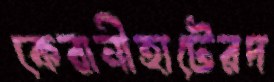
কেরানীহাটেরদ